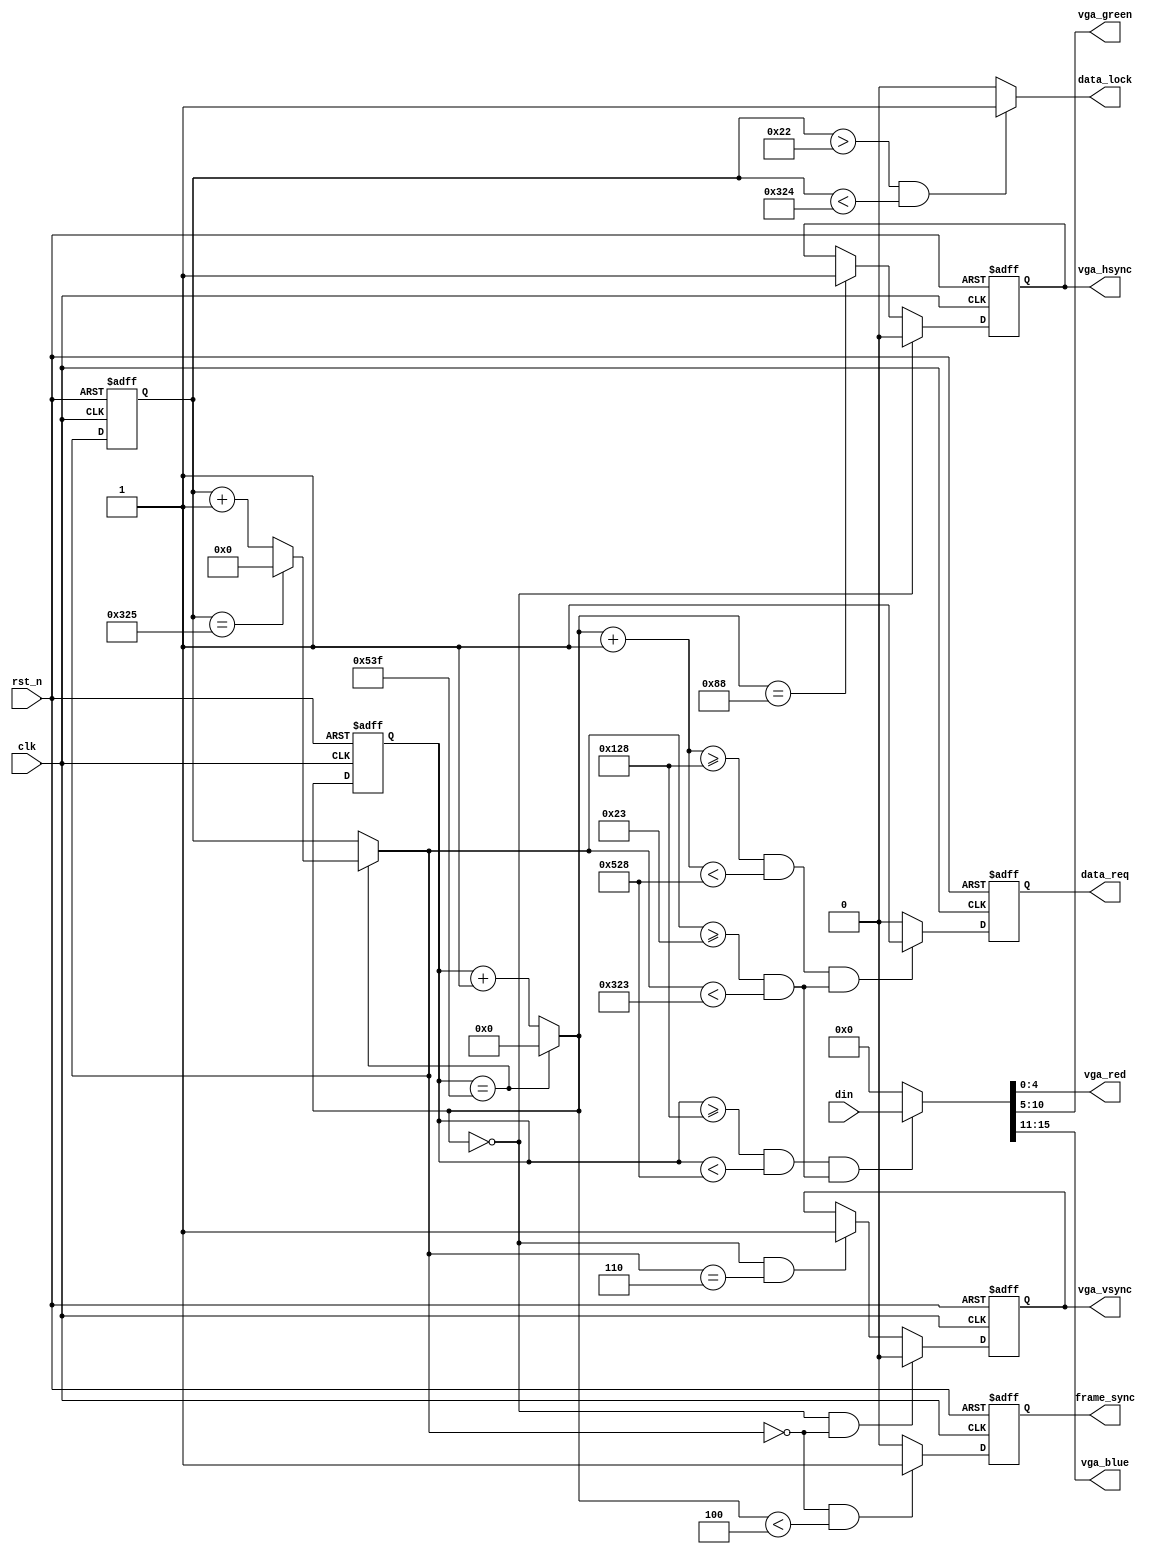
`timescale 1ns / 1ps
module vga_ctrl#
(
    parameter DISPLAY_RESOLUTION = 1024*768,
    parameter FRAME_SYNC_CYCLE = 4  // frame_sync is active by this cycle number once new frame arrives.
)
(
    input               clk         ,
    input               rst_n       ,
    input [15:0]        din         ,
    output reg          frame_sync  ,
    output              data_lock   ,   // 1: this module is reading data for display.
    output reg          data_req    ,
    output reg          vga_hsync   ,
    output reg          vga_vsync   ,
    output     [4:0]    vga_red     ,
    output     [5:0]    vga_green   ,
    output     [4:0]    vga_blue
);

// configuration for 1024 * 768
parameter line_period   = 1344;
parameter hsync_pulse   =  136;
parameter h_back_porch  =  160;
parameter h_active_pix  = 1024;
parameter h_front_porch =   24;
parameter frame_period  =  806;  // how many line in one frame
parameter vsync_pulse   =    6;
parameter v_back_porch  =   29;
parameter v_active_pix  =  768;
parameter v_front_porch =    3;


parameter h_start       = hsync_pulse + h_back_porch;
parameter h_end         = line_period - h_front_porch;
parameter v_start       = vsync_pulse + v_back_porch;
parameter v_end         = frame_period - v_front_porch;

`define LINE_END    (x_cnt == (line_period - 1))
`define FRAME_END   (y_cnt == (frame_period - 1))
`define LINE_START  (x_cnt_next == 11'd0)
`define X_PULSE_END (x_cnt_next == hsync_pulse)
`define FRAME_START (y_cnt_next == 10'd0)
`define Y_PULSE_END (y_cnt_next == vsync_pulse)
`define FRAME_SYNC_COND ((y_cnt_next == 0) && (x_cnt_next < FRAME_SYNC_CYCLE))

`define Y_ACTIVE  ((y_cnt_next >= v_start) && (y_cnt_next < v_end))
`define X_ACTIVE  ((x_cnt >= h_start) && (x_cnt < h_end))
`define X_ACTIVE_PRE  ((x_cnt_next + 1 >= h_start) && (x_cnt_next + 1 < h_end))

reg [10:0] x_cnt_next;
reg [ 9:0] y_cnt_next;
reg [10:0] x_cnt;
reg [ 9:0] y_cnt;
reg [15:0] pixel;

assign data_lock = ((y_cnt > v_start - 1) && (y_cnt < v_end + 1)) ? 1'b1 : 1'b0;

// new frame sync signal, duratte by FRAME_SYNC_CYCLE
always @(posedge clk, negedge rst_n) begin
    if (~rst_n) begin
        frame_sync <= 1'b0;
    end else if `FRAME_SYNC_COND begin
        frame_sync <= 1'b1;
    end else begin
        frame_sync <= 1'b0;
    end
end

always @(*) begin
    if (`LINE_END) x_cnt_next   <= 11'd0;
    else    x_cnt_next   <= x_cnt + 11'd1;
end

always @(posedge clk, negedge rst_n) begin
    if (~rst_n) begin
        x_cnt <= 11'd0;
    end else begin
        x_cnt <= x_cnt_next;
    end
end

always @(*) begin
    if (`LINE_END) begin
        if (`FRAME_END)  y_cnt_next <= 10'd0;
        else             y_cnt_next <= y_cnt + 10'd1;
    end else y_cnt_next <= y_cnt;
end

always @(posedge clk, negedge rst_n) begin
    if (~rst_n) begin
        y_cnt <= 10'd0;
    end else begin
        y_cnt <= y_cnt_next;
    end
end

// horizonal sync signal
always @(posedge clk, negedge rst_n) begin
    if (~rst_n) begin
        vga_hsync   <= 1'b1;
    end else begin
        if `LINE_START begin
            vga_hsync <= 1'b0;
        end else if `X_PULSE_END begin
            vga_hsync <= 1'b1;
        end else vga_hsync <= vga_hsync;
    end
end

// vertical sync signal
always @(posedge clk, negedge rst_n) begin
    if (~rst_n) begin
        vga_vsync   <= 1'b1;
    end else begin
        if (`LINE_START && `FRAME_START) vga_vsync <= 1'b0;
        else if (`LINE_START && `Y_PULSE_END) vga_vsync <= 1'b1;
        else vga_vsync <= vga_vsync;
    end
end

// data_req, for external din
always @(posedge clk, negedge rst_n) begin
    if (~rst_n) data_req <= 1'b0;
    else if (`X_ACTIVE_PRE && `Y_ACTIVE) data_req <= 1'b1;
    else data_req <= 1'b0;
end

assign {vga_blue, vga_green, vga_red} =
    (`X_ACTIVE && `Y_ACTIVE) ? din : 16'd0;
/* RGB signals */
/*
always @(posedge clk, negedge rst_n) begin
    if (~rst_n) begin
        vga_red   <= 5'd0;
        vga_green <= 6'd0;
        vga_blue  <= 5'd0;
    end else begin
        if (data_req) begin
            vga_red   <= din[ 4: 0];
            vga_green <= din[10: 5];
            vga_blue  <= din[15:11];
        end else begin
            vga_red   <= 5'b0;
            vga_green <= 6'b0;
            vga_blue  <= 5'b0;
        end
    end
end
*/

/*
always @(posedge clk, negedge rst_n) begin
    if (~rst_n) begin
    end else begin
    end
end
*/

endmodule